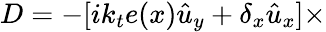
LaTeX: D=-[ik_{t}e(x)\hat{u}_{y}+\delta_{x}\hat{u}_{x}]\times